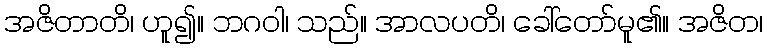
အဇိတာတိ၊ ဟူ၍။ ဘဂဝါ၊ သည်။ အာလပတိ၊ ခေါ်တော်မူ၏။ အဇိတ၊